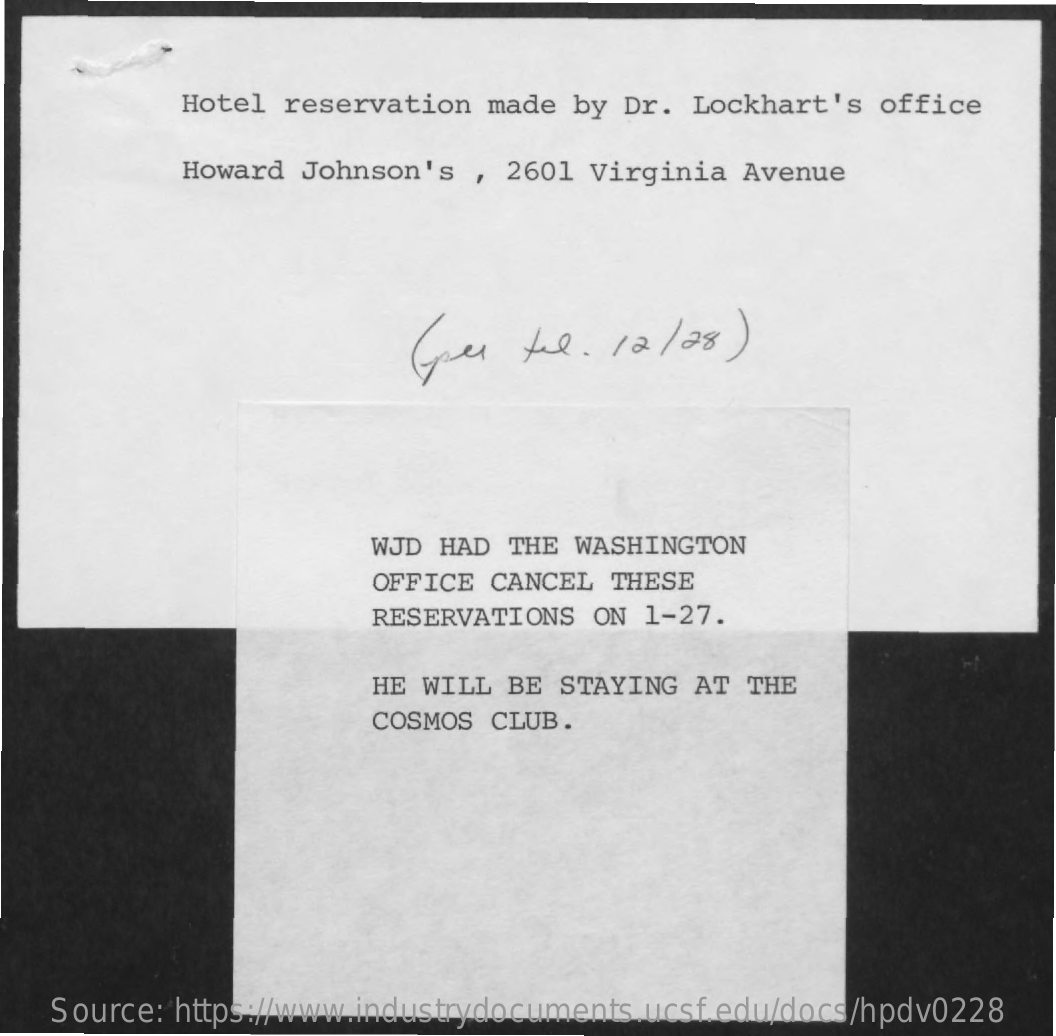
Hotel  reservation made  by Dr. Lockhart's  office
     Howard Johnson's  , 2601 Virginia Avenue
     Guer   tel.  12/ 28 )
     WJD HAD  THE WASHINGTON
     OFFICE CANCEL  THESE
     RESERVATIONS  ON 1-27.
     HE WILL BE  STAYING AT  THE
     COSMOS CLUB.
    Source: https://www.industrydocuments.ucsf.edu/docs/hpdv0228